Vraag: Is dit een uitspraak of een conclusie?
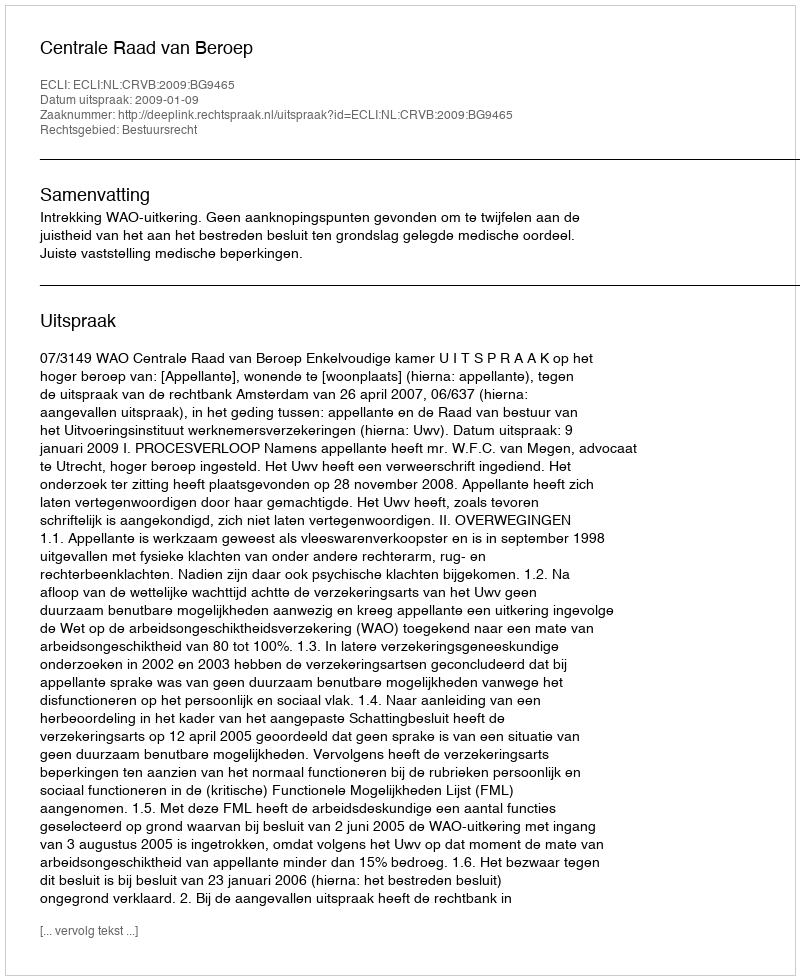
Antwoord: Uitspraak